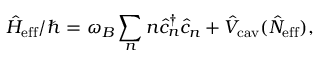
\hat { H } _ { \mathrm { e f f } } / \hbar = \omega _ { B } \sum _ { n } n \hat { c } _ { n } ^ { \dagger } \hat { c } _ { n } + \hat { V } _ { \mathrm { c a v } } ( \hat { N } _ { \mathrm { e f f } } ) ,